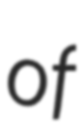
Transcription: of